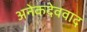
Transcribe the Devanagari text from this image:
अनेकदेववाद